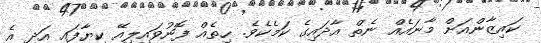
ކައިޒާންއަށް މާނައެއް ނެތް އާދައިގެ ކަމެކެވެ. ހިތެއް ފޮނުވައިލިއޭ ކިޔާފައި އަދި އެ